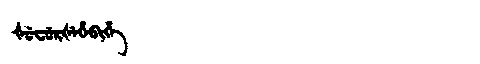
Manchu: ᡧᡠᠸᡠᡵᡧᡝᡥᡝᠪᡳᡥᡝ
Romanization: ŠUFURŠEHEBIHE